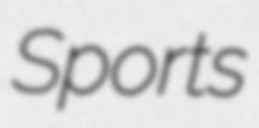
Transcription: Sports